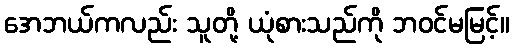
အေဘယ်ကလည်း သူတို့ ယုံစားသည်ကို ဘဝင်မမြင့်။